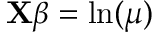
\mathbf { X } { \boldsymbol { \beta } } = \ln ( \mu ) \,